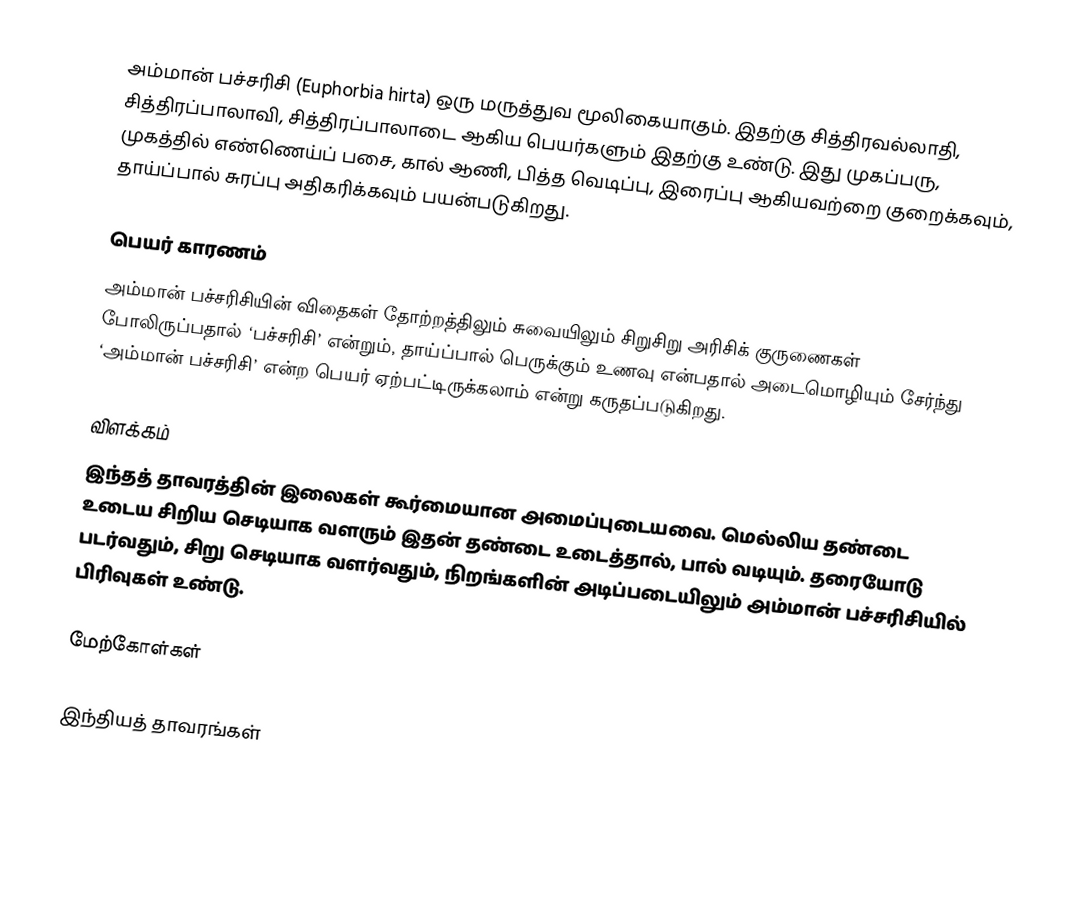
அம்மான் பச்சரிசி (Euphorbia hirta) ஒரு மருத்துவ மூலிகையாகும். இதற்கு சித்திரவல்லாதி, சித்திரப்பாலாவி, சித்திரப்பாலாடை ஆகிய பெயர்களும் இதற்கு உண்டு. இது முகப்பரு, முகத்தில் எண்ணெய்ப் பசை, கால் ஆணி, பித்த வெடிப்பு, இரைப்பு ஆகியவற்றை குறைக்கவும், தாய்ப்பால் சுரப்பு அதிகரிக்கவும் பயன்படுகிறது.

பெயர் காரணம்
அம்மான் பச்சரிசியின் விதைகள் தோற்றத்திலும் சுவையிலும் சிறுசிறு அரிசிக் குருணைகள் போலிருப்பதால் ‘பச்சரிசி’ என்றும், தாய்ப்பால் பெருக்கும் உணவு என்பதால் அடைமொழியும் சேர்ந்து ‘அம்மான் பச்சரிசி’ என்ற பெயர் ஏற்பட்டிருக்கலாம் என்று கருதப்படுகிறது.

விளக்கம்
இந்தத் தாவரத்தின் இலைகள் கூர்மையான அமைப்புடையவை. மெல்லிய தண்டை உடைய சிறிய செடியாக வளரும் இதன் தண்டை உடைத்தால், பால் வடியும். தரையோடு படர்வதும், சிறு செடியாக வளர்வதும், நிறங்களின் அடிப்படையிலும் அம்மான் பச்சரிசியில் பிரிவுகள் உண்டு.

மேற்கோள்கள்

இந்தியத் தாவரங்கள்